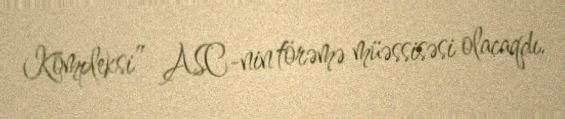
Kompleksi” ASC-nin törəmə müəssisəsi olacaqdı.